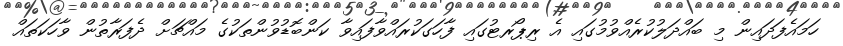
ހަމައެފަދައިން މި ބައްދަލުކުރެއްވުމުގައި އެ ރިޕޯރޓުގައި ފާހަގަކުރައްވާފައިވާ ކަންބޮޑުވުންތަކުގެ މައްޗަށް ދެފަރާތުން ވާހަކަތައް